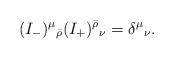
LaTeX: \begin{align*}(I_-)^{\mu}{}_{\bar{\rho}} (I_+)^{\bar{\rho}}{}_{\nu} = \delta^{\mu}{}_{\nu} \mathrlap{.} \end{align*}